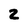
Character: 2